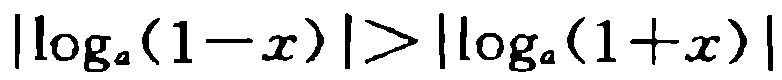
\(\vert\log_{a}(1 - x)\vert > \vert\log_{a}(1 + x)\vert\)